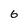
Character: 6